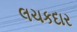
લચકદાર